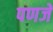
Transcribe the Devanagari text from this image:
पणजे